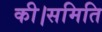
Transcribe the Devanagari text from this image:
की।समिति